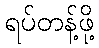
ရပ်တန့်ဖို့